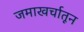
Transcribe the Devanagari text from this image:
जमाखर्चातून